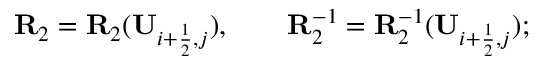
{ \mathbf { R } } _ { 2 } = { \mathbf { R } } _ { 2 } ( \mathbf { U } _ { i + \frac { 1 } { 2 } , j } ) , \qquad { \mathbf { R } } _ { 2 } ^ { - 1 } = { \mathbf { R } } _ { 2 } ^ { - 1 } ( \mathbf { U } _ { i + \frac { 1 } { 2 } , j } ) ;